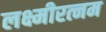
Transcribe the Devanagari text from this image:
लक्ष्मीरत्नम